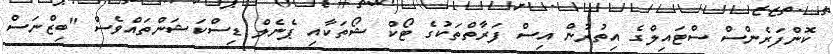
ކޮންފަރެންސް ސްޓައިލްގެ އިތުރުން އިސް ފަރާތްތަކުގެ ޓޯކް ޝޯތަކާއި ޕެނެލް ޑިސްކަޝަންތައްވެސް "ބިޒްނަސް